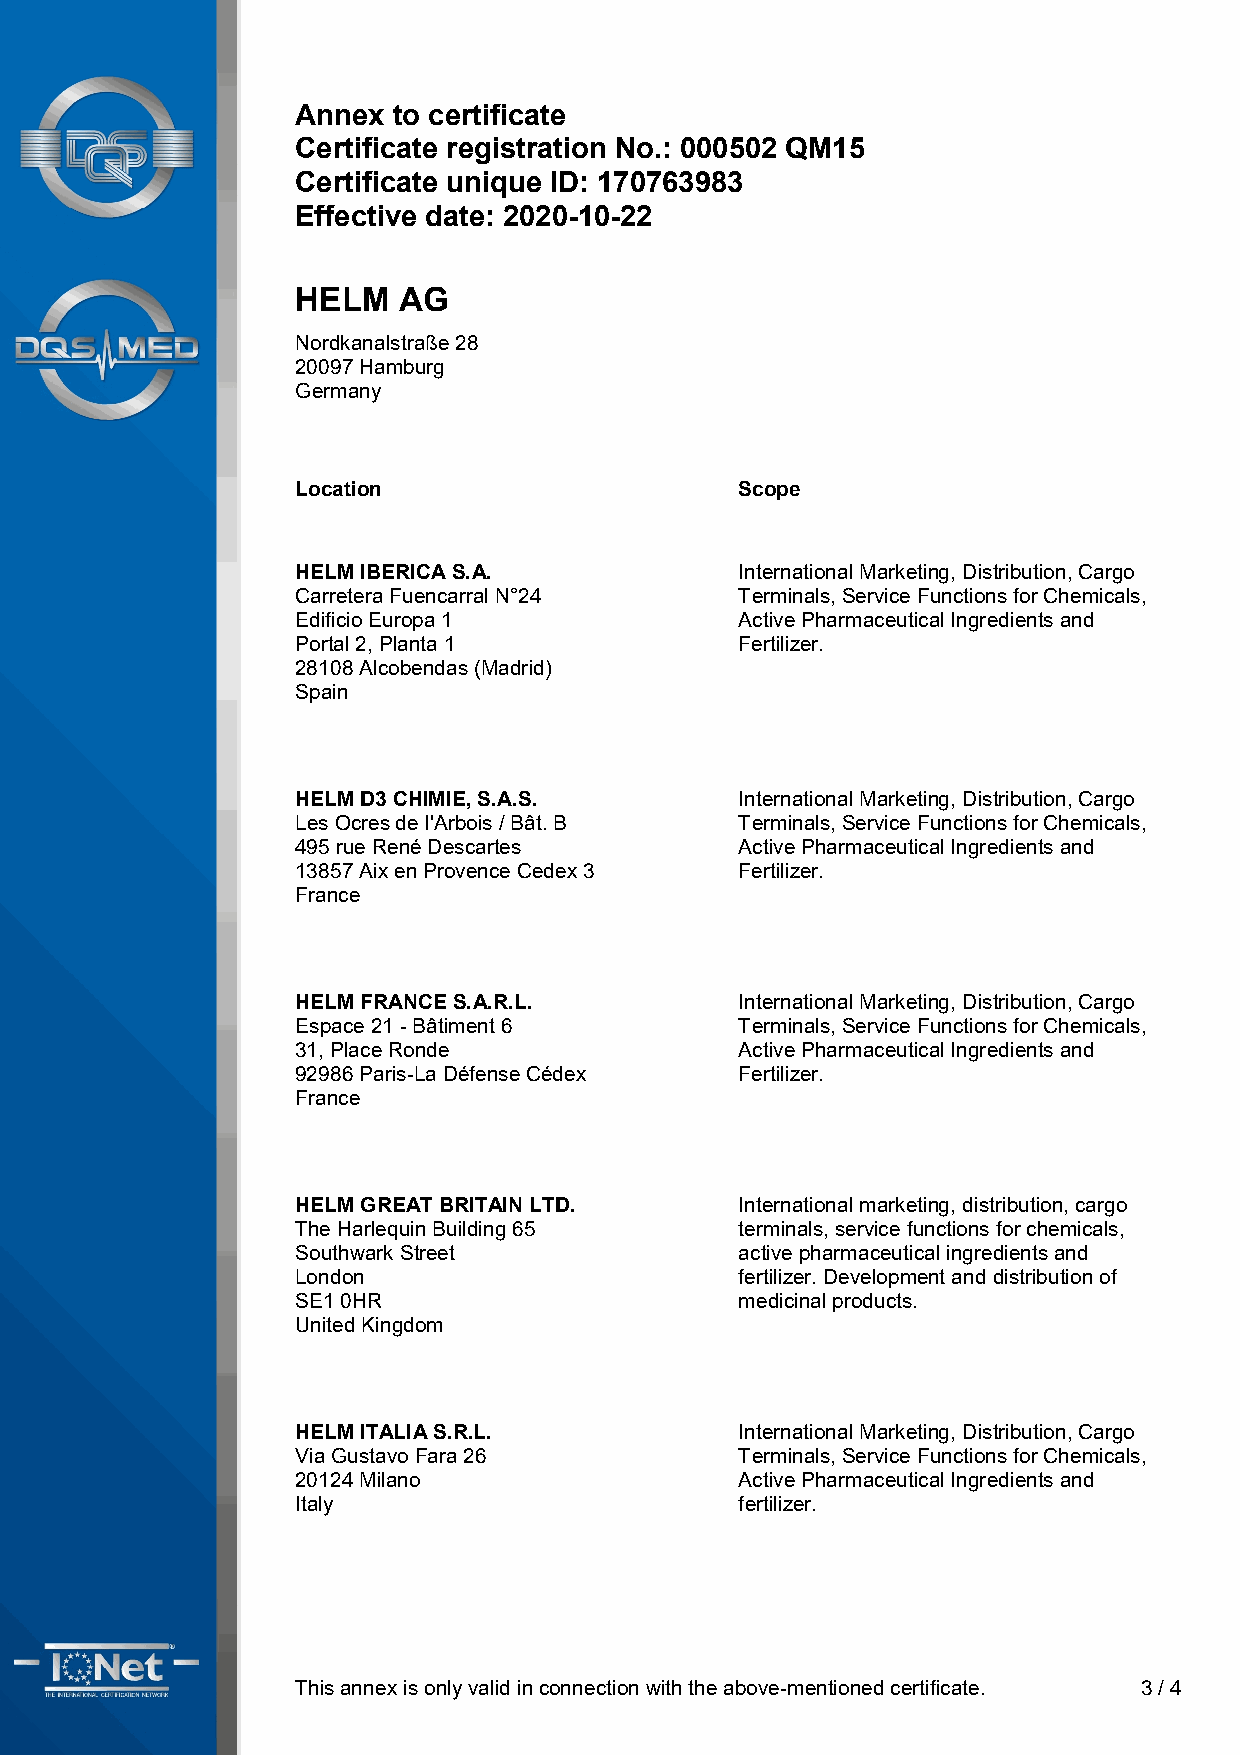
Annex to certificate
 Certificate registration No.: 000502 QM15
 Certificate unique ID: 170763983
 Effective date: 2020-10-22
 HELM  AG
 Nordkanalstraße 28
 20097 Hamburg
 Germany
 Location                     Scope
 HELM IBERICA S.A.            International Marketing, Distribution, Cargo
 Carretera Fuencarral N°24    Terminals, Service Functions for Chemicals,
 Edificio Europa 1            Active Pharmaceutical Ingredients and
 Portal 2, Planta 1           Fertilizer.
 28108 Alcobendas (Madrid)
 Spain
 HELM D3 CHIMIE, S.A.S.       International Marketing, Distribution, Cargo
 Les Ocres de l'Arbois / Bât. B Terminals, Service Functions for Chemicals,
 495 rue René Descartes       Active Pharmaceutical Ingredients and
 13857 Aix en Provence Cedex 3 Fertilizer.
 France
 HELM FRANCE S.A.R.L.         International Marketing, Distribution, Cargo
 Espace 21 - Bâtiment 6       Terminals, Service Functions for Chemicals,
 31, Place Ronde              Active Pharmaceutical Ingredients and
 92986 Paris-La Défense Cédex Fertilizer.
 France
 HELM GREAT BRITAIN LTD.      International marketing, distribution, cargo
 The Harlequin Building 65    terminals, service functions for chemicals,
 Southwark Street             active pharmaceutical ingredients and
 London                       fertilizer. Development and distribution of
 SE1 0HR                      medicinal products.
 United Kingdom
 HELM ITALIA S.R.L.           International Marketing, Distribution, Cargo
 Via Gustavo Fara 26          Terminals, Service Functions for Chemicals,
 20124 Milano                 Active Pharmaceutical Ingredients and
 Italy                        fertilizer.
 This annex is only valid in connection with the above-mentioned certificate. 3 / 4